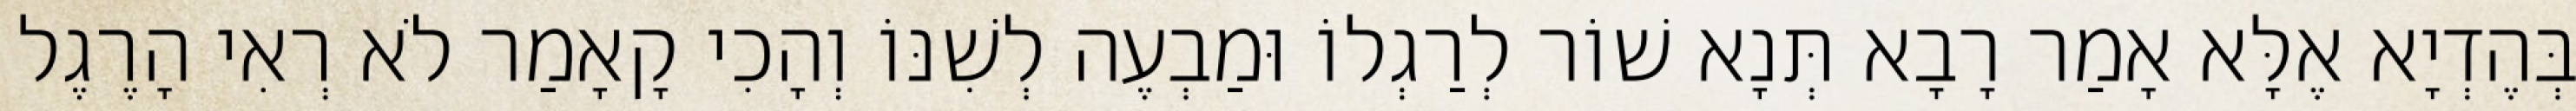
בְּהֶדְיָא אֶלָּא אָמַר רָבָא תְּנָא שׁוֹר לְרַגְלוֹ וּמַבְעֶה לְשִׁנּוֹ וְהָכִי קָאָמַר לֹא רְאִי הָרֶגֶל